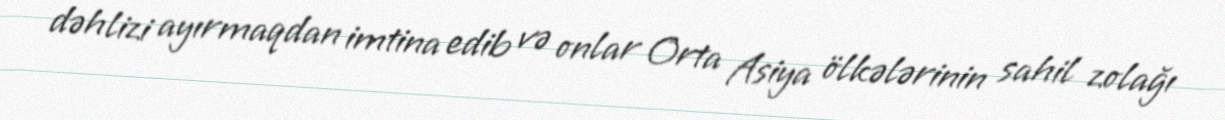
dəhlizi ayırmaqdan imtina edib və onlar Orta Asiya ölkələrinin sahil zolağı